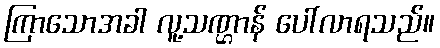
ကြာသောအခါ လူ့သဏ္ဌာန် ပေါ်လာရသည်။